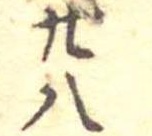
廿八